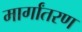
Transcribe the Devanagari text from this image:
मार्गांतरण